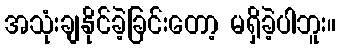
အသုံးချနိုင်ခဲ့ခြင်းတော့ မရှိခဲ့ပါဘူး။